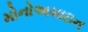
મોનોઅમાઇન